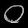
Digit: ၀